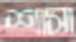
শাসা